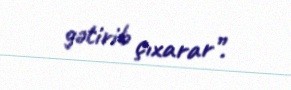
gətirib çıxarar”.